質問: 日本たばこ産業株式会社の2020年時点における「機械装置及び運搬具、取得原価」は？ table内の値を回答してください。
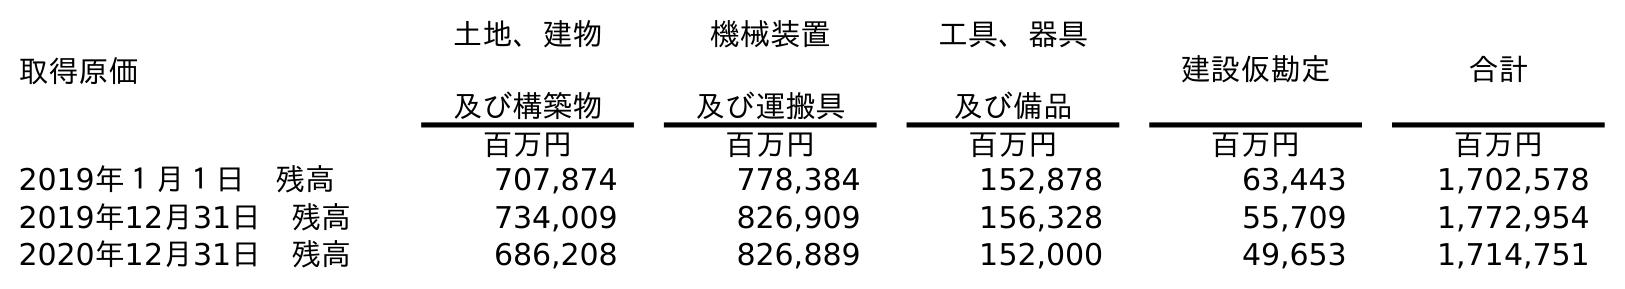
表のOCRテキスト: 取得原価 土地、建物 及び構築物 機械装置 及び運搬具 工具、器具 及び備品 建設仮勘定 合計 百万円 百万円 百万円 百万円 百万円 2019年１月１日 残高 707,874 778,384 152,878 63,443 1,702,578 2019年12月31日 残高 734,009 826,909 156,328 55,709 1,772,954 2020年12月31日 残高 686,208 826,889 152,000 49,653 1,714,751
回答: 826,889